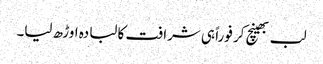
لب بھینچ کر فوراً ہی شرافت کا لبادہ اوڑھ لیا۔